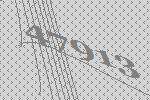
47913